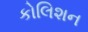
કોલિશન